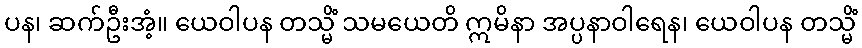
ပန၊ ဆက်ဦးအံ့။ ယေဝါပန တသ္မိံ သမယေတိ ဣမိနာ အပ္ပနာဝါရေန၊ ယေဝါပန တသ္မိံ